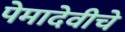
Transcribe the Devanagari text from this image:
पेमादेवीचे